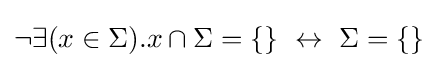
\neg \exists (x\in \Sigma ).x\cap \Sigma =\{\}\,\,\leftrightarrow \,\,\Sigma =\{\}